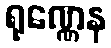
ရုဏ္ဏေန